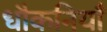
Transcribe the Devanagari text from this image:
धौकनियाँ